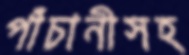
পাঁচানীসহ